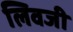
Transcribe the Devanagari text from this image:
लिवजी